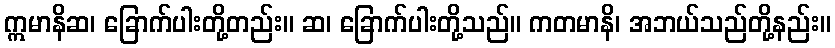
ဣမာနိဆ၊ ခြောက်ပါးတို့တည်း။ ဆ၊ ခြောက်ပါးတို့သည်။ ကတမာနိ၊ အဘယ်သည်တို့နည်း။